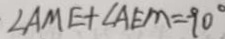
\angle A M E + \angle A E M = 9 0 ^ { \circ }